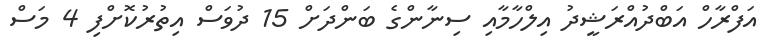
އަފްރާހް އަބްދުއްރަޝީދު އިލްހާމާއި ސިނާންގެ ބަންދަށް 15 ދުވަސް އިތުރުކޮށްފި 4 މަސް